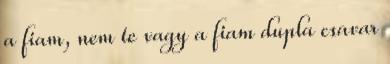
a fiam, nem te vagy a fiam dupla csavar